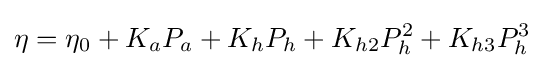
\eta =\eta _{0}+K_{a}P_{a}+K_{h}P_{h}+K_{h2}P_{h}^{2}+K_{h3}P_{h}^{3}